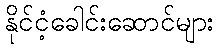
နိုင်ငံ့ခေါင်းဆောင်များ